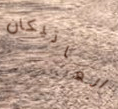
الفاتيكان